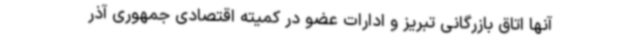
آنها اتاق بازرگانی تبریز و ادارات عضو در کمیته اقتصادی جمهوری آذر